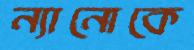
ন্যানোকে